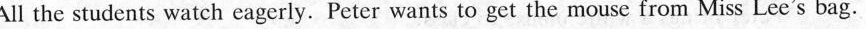
All the students watch eagerly.Peter want to gei the mouse from Miss Lee's bag.